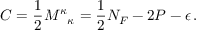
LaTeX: C = \frac { 1 } { 2 } { M ^ { \kappa } } _ { \kappa } = \frac { 1 } { 2 } N _ { F } - 2 P - \epsilon \, .